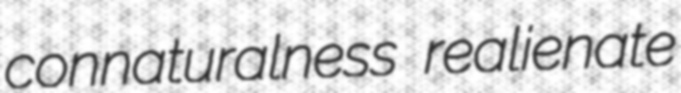
connaturalness realienate